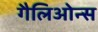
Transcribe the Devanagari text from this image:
गैलिओन्स